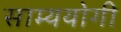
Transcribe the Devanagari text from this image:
साम्ययोगी